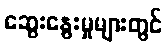
ဆွေးနွေးမှုများတွင်